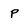
Character: P